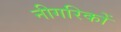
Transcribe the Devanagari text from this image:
नीगरिकों